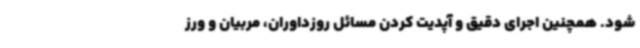
شود. همچنین اجرای دقیق و آپدیت کردن مسائل روزداوران، مربیان و ورز